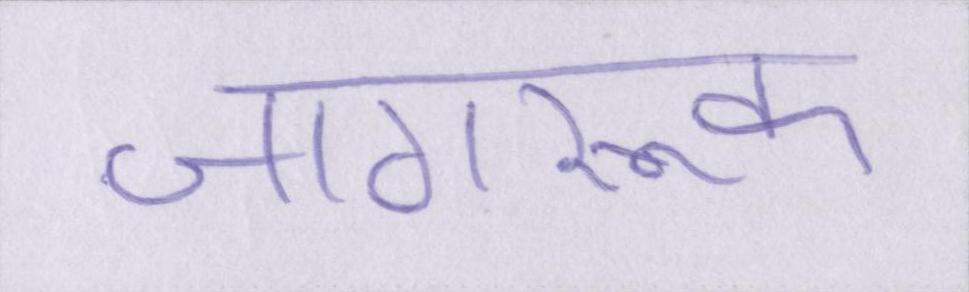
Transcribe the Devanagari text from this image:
जागरूक